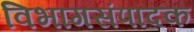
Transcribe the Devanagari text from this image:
विभागसंपादक